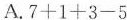
A.$$7+1+3-5$$